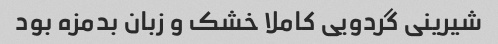
شیرینی گردویی کاملا خشک و زبان بدمزه بود